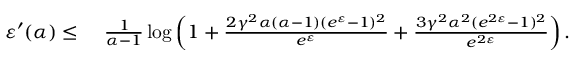
\begin{array} { r l } { \varepsilon ^ { \prime } ( \alpha ) \leq } & { \ \frac { 1 } { \alpha - 1 } \log \left( 1 + \frac { 2 \gamma ^ { 2 } \alpha ( \alpha - 1 ) ( e ^ { \varepsilon } - 1 ) ^ { 2 } } { e ^ { \varepsilon } } + \frac { 3 \gamma ^ { 2 } \alpha ^ { 2 } ( e ^ { 2 \varepsilon } - 1 ) ^ { 2 } } { e ^ { 2 \varepsilon } } \right) . } \end{array}